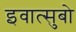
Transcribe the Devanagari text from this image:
इवात्सुबो